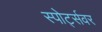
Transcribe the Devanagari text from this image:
स्पोर्ट्सवर